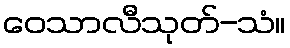
ဝေသာလီသုတ်-သံ။